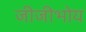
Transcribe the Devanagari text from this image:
जीजीभोय